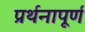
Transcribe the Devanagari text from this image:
प्रर्थनापूर्ण